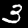
Label: 3